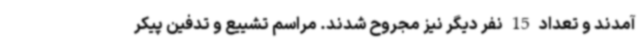
آمدند و تعداد 15 نفر دیگر نیز مجروح شدند. مراسم تشییع و تدفین پیکر